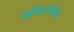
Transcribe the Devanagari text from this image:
परिवर्जयेत्